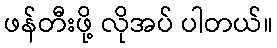
ဖန်တီးဖို့ လိုအပ် ပါတယ်။